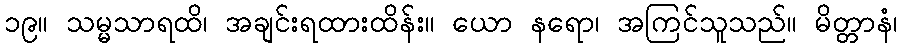
၁၉။ သမ္မသာရထိ၊ အချင်းရထားထိန်း။ ယော နရော၊ အကြင်သူသည်။ မိတ္တာနံ၊